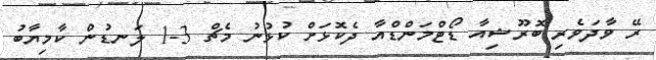
ރޭ ވާދަވެރި ބޮރޫޝިއާ ޑޯޓްމަންޑްއާ ދެކޮޅަށް ކުޅުނު މެޗް 3-1 ލަނޑުން ކާމިޔާބު